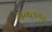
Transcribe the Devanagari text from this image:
मंगलगुरु